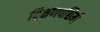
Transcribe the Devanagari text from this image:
द्क्षिणपश्चिमी